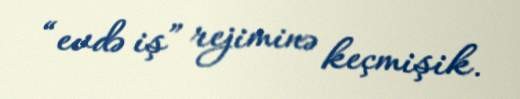
“evdə iş” rejiminə keçmişik.